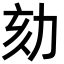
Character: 劾